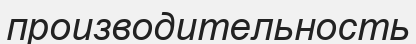
производительность